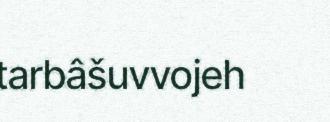
tarbâšuvvojeh